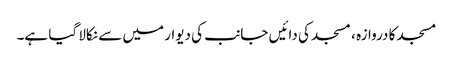
مسجد کا دروازہ ، مسجد کی دائیں جانب کی دیوار میں سے نکالا گیا ہے۔